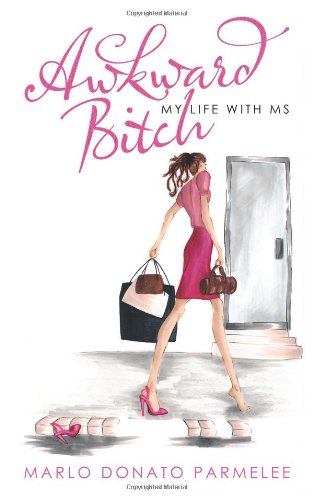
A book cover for Awkward Bitch: My Life with MS; Marlo Donato Parmelee; Biographies & Memoirs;